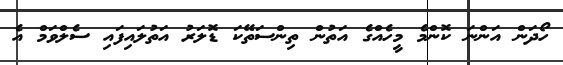
ހޯދަން އަންނަ ކޮންމެ މީހެއްގެ އަތުން ތިންސަތޭކަ ޑޮލަރު އަތުލައިފައި ސެލްވަމް އެ